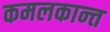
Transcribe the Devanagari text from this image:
कमलकान्‍त